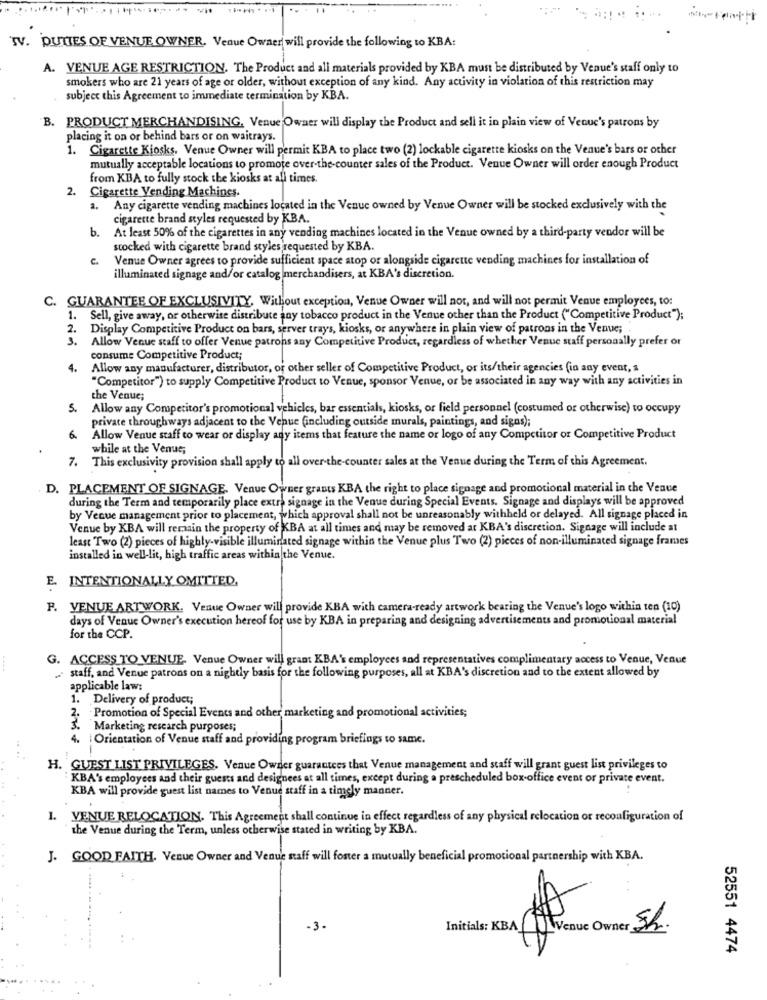
TV. DUTIES OF VENUE OWNER. Venue Owner will provide the following to KBA:
A. VENUE AGE RESTRICTION. The Product and all materials provided by KBA must be distributed by Venue's staff only to
smokers who are 21 years of age or older, without exception of any kind. Any activity in violation of this restriction may
subject this Agreement to immediate termination by KBA.
B. PRODUCT MERCHANDISING, Venue Owaer will display the Product and sell it in plain view of Venue's patrons by
placing it on or behind bars or on waitrays.
Cigarette Kiosks. Venue Owner will permit KBA to place two (2) lockable cigarette kiosks on the Venue's bars or other
mutually acceptable locations to promote over-the-counter sales of the Product. Venue Owner will order enough Product
from KBA to fully stock the kiosks at all times.
2.
Cigarette Vending Machines.
a. Any cigarette vending machines located in the Venue owned by Venue Owner will be stocked exclusively with the
cigarette brand styles requested by KBA.
b. At least 50% of the cigarettes in any vending machines located in the Venue owned by a third-party vendor will be
stocked with cigarette brand styles requested by KBA.
C.
Venue Owner agrees to provide sufficient space atop or alongside cigarette vending machines for installation of
illuminated signage and/or catalog merchandisers, at KBA's discretion.
C. GUARANTEE OF EXCLUSIVITY. Without exception, Venue Owner will not, and will not permit Venue employees, to:
1. Sell, give away, or otherwise distribute any tobacco product in the Venue other than the Product ("Competitive Product");
2. Display Competitive Product on bars, server trays, kiosks, or anywhere in plain view of patrons in the Venue;
3.
Allow Venue staff to offer Venue patrons any Competitive Product, regardless of whether Venue staff personally prefer or
consume Competitive Product;
4.
Allow any manufacturer, distributor, or other seller of Competitive Product, or its/their agencies (in any event, a
"Competitor") to supply Competitive Product to Venue, sponsor Venue, or be associated in any way with any activities in
the Venue;
5. Allow any Competitor's promotional vehicles, bar essentials, kiosks, or field personnel (costumed or otherwise) to occupy
private throughways adjacent to the Venue (including outside murals, paintings, and signs);
6. Allow Venue staff to wear or display any items that feature the name or logo of any Competitor or Competitive Product
while at the Venus,
7. This exclusivity provision shall apply to all over-the-counter sales at the Venue during the Term of this Agreement.
D. PLACEMENT OF SIGNAGE. Venue Owner grants KBA the right to place signage and promotional material in the Venue
during the Term and temporarily place extra signage in the Venue during Special Events. Signage and displays will be approved
by Veque management prior to placement, which approval shall not be unreasonably withheld or delayed. All signage placed in
Venue by KBA will remain the property of KBA at all times and may be removed at KBA's discretion. Signage will include at
least Two (2) pieces of highly-visible illuminated signage within the Venue plus Two (2) pieces of non-illuminated signage frames
installed in well-lit, high traffic areas within the Venue.
E. INTENTIONALLY OMITTED,
F. VENUE ARTWORK. Venue Owner will provide KBA with camera-ready artwork bearing the Venue's logo within ten (10)
days of Venue Owner's execution hereof for use by KBA in preparing and designing advertisements and promotional material
for the CCP.
G. ACCESS TO VENUE. Venue Owner will grant KBA's employees and representatives complimentary access to Venue, Venue
staff, and Venue patrons on a nightly basis for the following purposes, all at KBA's discretion and to the extent allowed by
applicable law:
1. Delivery of product;
2. Promotion of Special Events and other marketing and promotional activities;
Marketing research purposes;
4. | Orientation of Venue staff and providing program briefings to same.
H. GUEST LIST PRIVILEGES. Venue Owner guarantees that Venue management and staff will grant guest list privileges to
KBA's employees and their guests and designees at all times, except during a prescheduled box-office event or private event.
KBA will provide guest list names to Venue staff in a timely manner.
1. VENUE RELOCATION. This Agreement shall continue in effect regardless of any physical relocation or reconfiguration of
the Venue during the Term, unless otherwise stated in writing by KBA.
J. GOOD FAITH. Venue Owner and Venue staff will foster a mutually beneficial promotional partnership with KBA.
-3.
Initials: KBA Ve
enue Owner Sh.
F
52551 4474